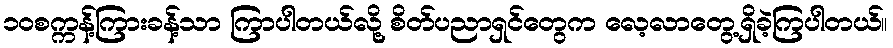
၁၀စက္ကန့်ကြားခန့်သာ ကြာပါတယ်လို့ စိတ်ပညာရှင်တွေက လေ့လာတွေ့ရှိခဲ့ကြပါတယ်။